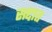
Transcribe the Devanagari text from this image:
सद्दात